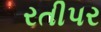
રતીપર